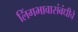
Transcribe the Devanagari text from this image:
लिंगभावासंबंधीचे